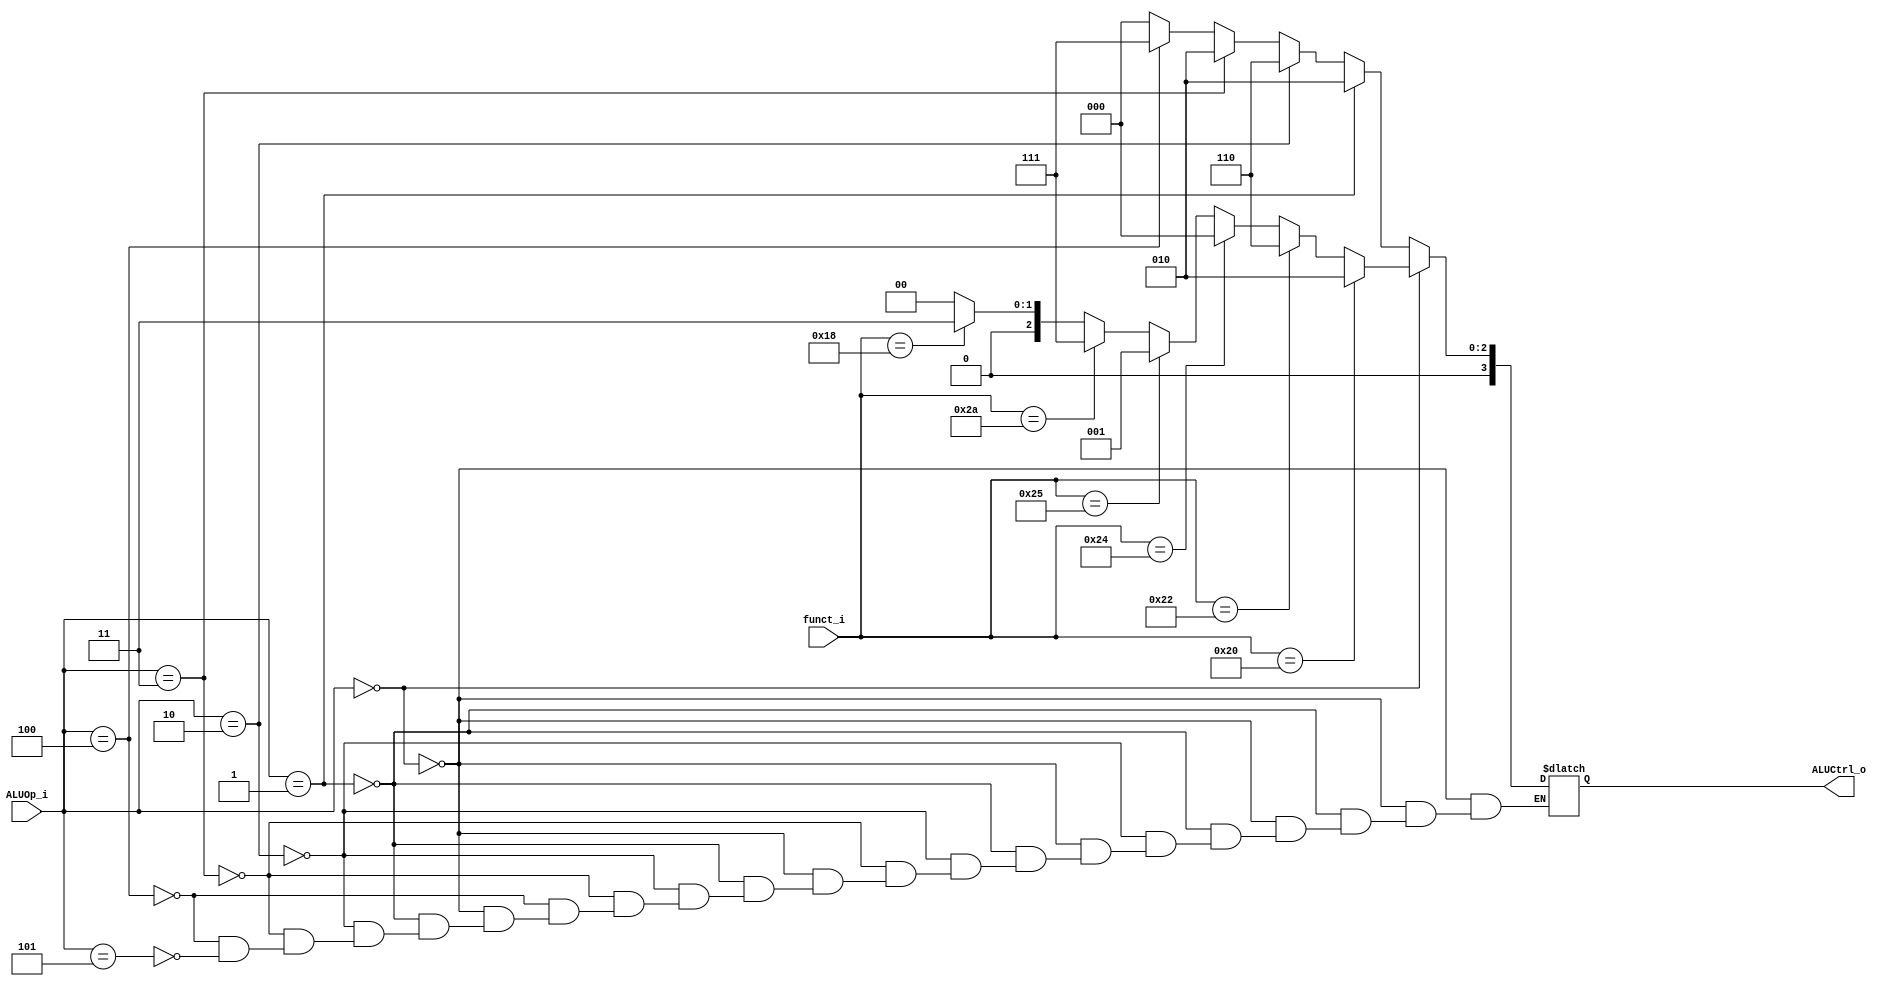
//a 0516327
//Subject:     CO project 2 - ALU Controller
//--------------------------------------------------------------------------------
//Version:     1
//--------------------------------------------------------------------------------
//Writer:      
//----------------------------------------------
//Date:        
//----------------------------------------------
//Description: 
//--------------------------------------------------------------------------------

module ALU_Ctrl(
	funct_i,
	ALUOp_i,
	ALUCtrl_o
);
//I/O ports 
input      [6-1:0] funct_i;
input      [3-1:0] ALUOp_i;

output     [4-1:0] ALUCtrl_o;    
     
//Internal Signals
reg        [4-1:0] ALUCtrl;

//Parameter

//Select exact operation
always@(*)begin
	if(ALUOp_i == 3'd0)begin
		if(funct_i == 6'd32)ALUCtrl = 4'b0010;
		else if(funct_i == 6'd34)ALUCtrl = 4'b0110;
		else if(funct_i == 6'd36)ALUCtrl = 4'b0000;
		else if(funct_i == 6'd37)ALUCtrl = 4'b0001;
		else if(funct_i == 6'd42)ALUCtrl = 4'b0111;
		else if(funct_i == 6'd24)ALUCtrl = 4'b0011;
		else ALUCtrl = 4'b0000;
		end
	else if(ALUOp_i == 3'd1)begin
		ALUCtrl = 4'b0010;
		end
	else if(ALUOp_i == 3'd2)begin
		ALUCtrl = 4'b0110;
		end
	else if(ALUOp_i == 3'd3)begin
		ALUCtrl = 4'b0010;
		end
	else if(ALUOp_i == 3'd4)begin
		ALUCtrl = 4'b0111;
		end
	else if(ALUOp_i == 3'd5)begin
		ALUCtrl = 4'b0000;
		end
end

assign ALUCtrl_o = ALUCtrl;

endmodule